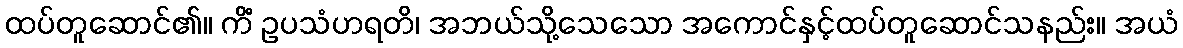
ထပ်တူဆောင်၏။ ကိံ ဥပသံဟရတိ၊ အဘယ်သို့သေသော အကောင်နှင့်ထပ်တူဆောင်သနည်း။ အယံ